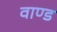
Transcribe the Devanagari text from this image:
वाण्ड